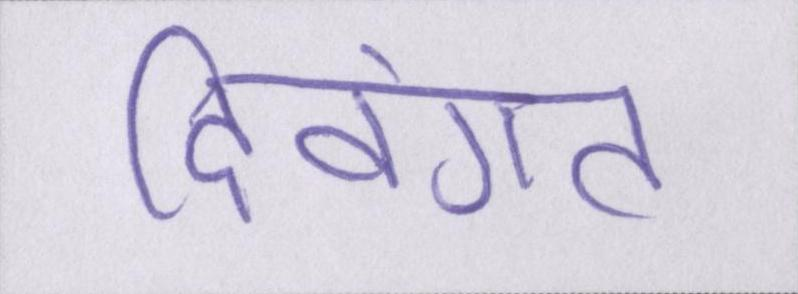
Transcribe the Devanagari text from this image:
दिवंगत